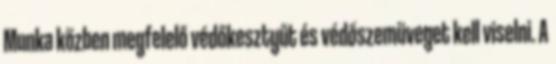
Munka közben megfelelő védőkesztyűt és védőszemüveget kell viselni. A